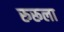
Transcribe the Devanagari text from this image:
रुरूला